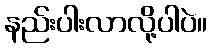
နည်းပါးလာလို့ပါပဲ။